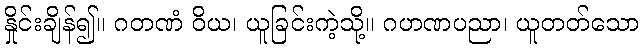
နှိုင်းချိန်၍။ ဂတဏံ ဝိယ၊ ယူခြင်းကဲ့သို့။ ဂဟဏပညာ၊ ယူတတ်သော